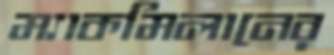
ম্যাকমিলানের